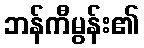
ဘန်ကီမွန်း၏